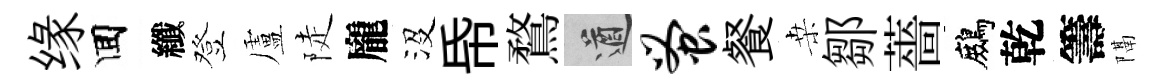
缘囬纖登盧陡龐沒帋鶩遒蚤餐桒鄒薔鷓乾籌隔